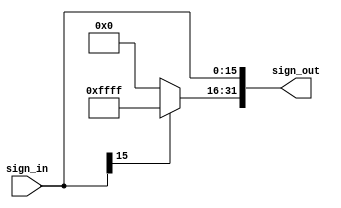
// sign-extend the 16-bit input to the 32_bit output
module sign_extension (sign_in, sign_out);
	input [15:0] sign_in;
	output [31:0] sign_out;
	assign sign_out[15:0]=sign_in[15:0];
	assign sign_out[31:16]=sign_in[15]?16'b1111_1111_1111_1111:16'b0;
endmodule